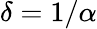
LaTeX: \delta=1/\alpha